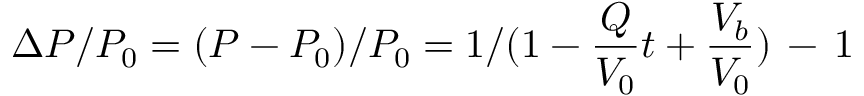
{ \Delta P } / { P _ { 0 } } = { ( P - P _ { 0 } ) } / { P _ { 0 } } = { 1 } / ( { 1 - \frac { Q } { V _ { 0 } } t + \frac { V _ { b } } { V _ { 0 } } } ) \, - \, 1